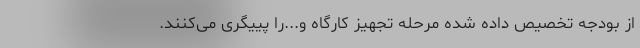
از بودجه تخصیص داده شده مرحله تجهیز کارگاه و...را پییگری می‌کنند.